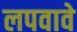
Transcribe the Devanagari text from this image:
लपवावे